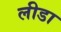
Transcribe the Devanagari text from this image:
लीडा